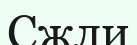
Сжли